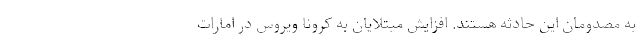
به مصدومان این حادثه هستند. افزایش مبتلایان به کرونا ویروس در امارات